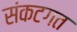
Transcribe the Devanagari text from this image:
संकटगत